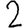
Digit: 2